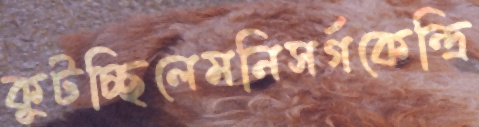
কুটচ্ছিলেমনিসর্গকেন্দ্রি